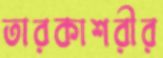
তারকাশরীর